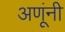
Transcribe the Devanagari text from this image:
अणूंनी